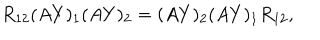
LaTeX: R _ { 1 2 } ( A Y ) _ { 1 } ( A Y ) _ { 2 } = ( A Y ) _ { 2 } ( A Y ) _ { 1 } R _ { 1 2 } ,